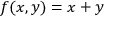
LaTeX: f ( x , y ) = x + y